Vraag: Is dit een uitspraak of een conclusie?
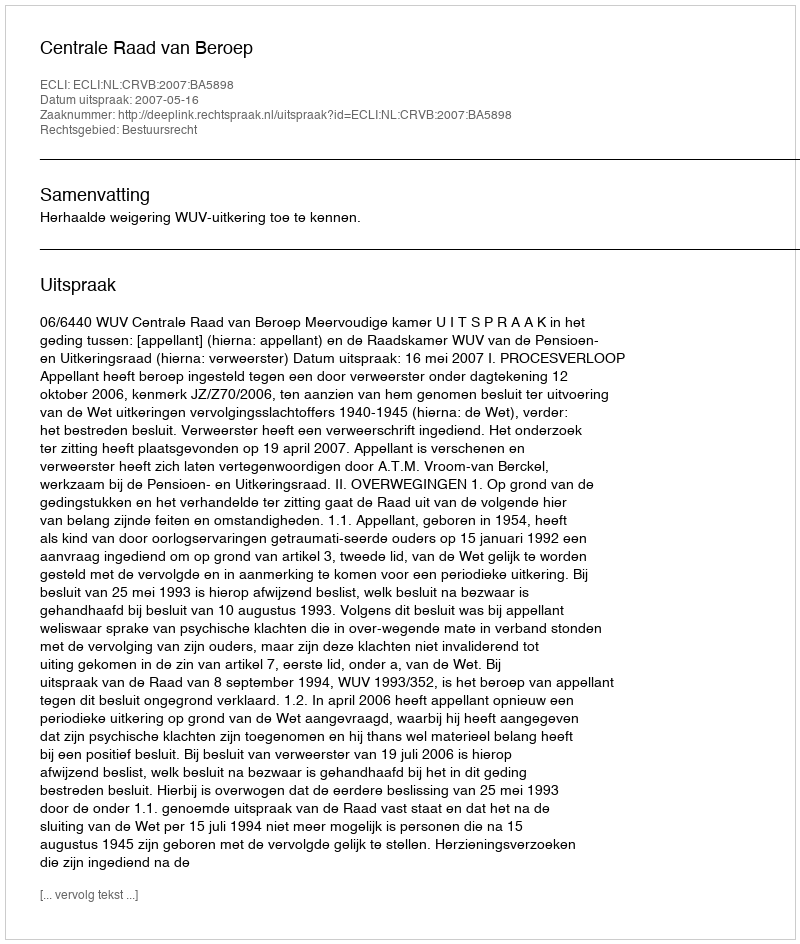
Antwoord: Uitspraak